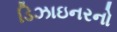
ડિઝાઇનરનો